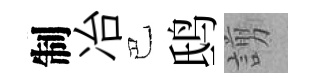
制冶巴鸱謭